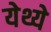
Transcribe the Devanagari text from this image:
येथ्ये